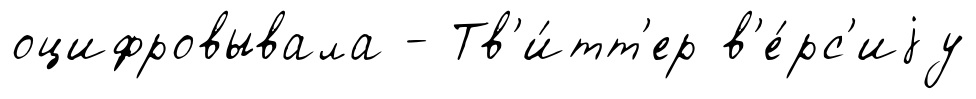
оцифровывала - Тв'и́тт'ер в'е́рс'иjу